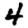
Digit: 4